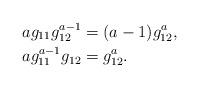
LaTeX: \begin{align*}ag_{11}g_{12}^{a-1}&=(a-1)g_{12}^a,\\ag_{11}^{a-1}g_{12}&=g_{12}^a.\end{align*}